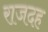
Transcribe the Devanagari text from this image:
राजदह